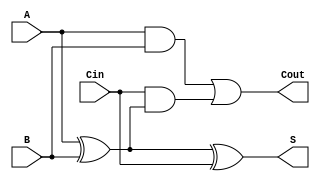
module ALU1 (A, B, Cin, S, Cout);
    input A,B,Cin;
    output S,Cout;

    assign S = A ^ B ^ Cin;
    assign Cout = (A & B) | (Cin & (A ^ B ));
endmodule

// module 1ALU #(
//     input wire [7:0] op_decode,
//     input A,
//     input B,
//     input C_in,
//     output X,
//     output C_out,
// );
// //mode 
// // 0x00 : 000 : +
// // 0x01 : 001 : -
// // 0x02 : 010 : &
// // 0x03 : 011 : |
// // 0x04 : 100 : ^ 
// // 0x05 : 101 : <<
// // 0x06 : 110 : >>
// // 0x07 : 111 : not ~

// // nand = ~ A & B
// // nor = ~ A | B
// // xor = A ^ B
   
// endmodule